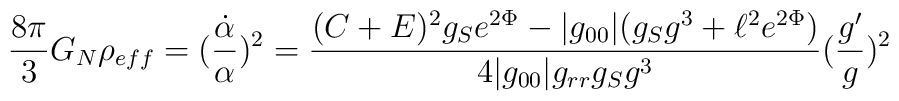
\frac{8\pi}{3}G_{N}\rho_{eff}= (\frac{\dot{\alpha}}{\alpha})^{2}=\frac{(C+E)^{2}g_{S}e^{2\Phi}-|g_{00}|(g_{S}g^{3}+\ell^{2}e^{2\Phi})}{4|g_{00}|g_{rr}g_{S}g^{3}}(\frac{g'}{g})^{2}